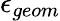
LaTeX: \epsilon_{geom}